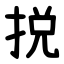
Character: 捝